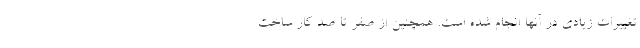
تغییرات زیادی در آنها انجام شده است. همچنین از صفر تا صد کار ساخت